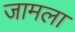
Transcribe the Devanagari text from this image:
जामला